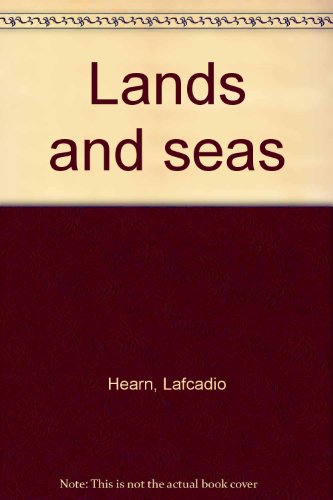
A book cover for Lands and seas; Lafcadio Hearn; Travel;